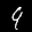
Label: 9